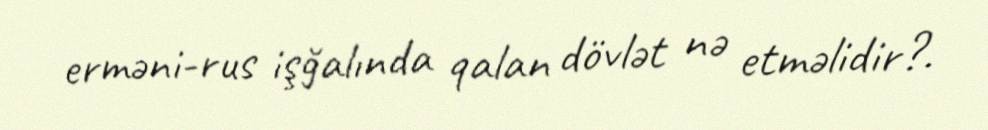
erməni-rus işğalında qalan dövlət nə etməlidir?.